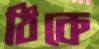
ঠিকে